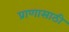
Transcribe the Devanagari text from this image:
प्राणासाठी